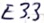
Text: E3.3